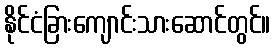
နိုင်ငံခြားကျောင်းသားဆောင်တွင်။